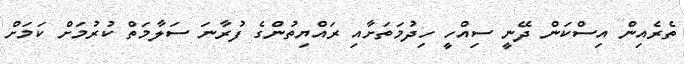
ތެރެއިން އިސްކަން ދޭނީ ސިއްހީ ހިދުމަތަށާއި ރައްޔިތުންގެ ފުރާނަ ސަލާމަތް ކުރުމަށް ކަމަށް